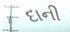
દાની